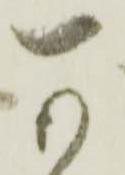
可